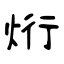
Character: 烆